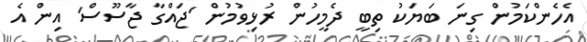
އެހެންކަމުން ގިނަ ބަޔަކު ތިބީ ދެމީހުން ރުޅިވުމުން 'ޖައްގާ ޖާސޫސް' އިން އެ